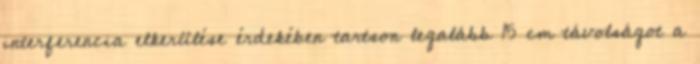
interferencia elkerülése érdekében tartson legalább 15 cm távolságot a